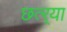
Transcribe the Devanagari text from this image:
छत्र्‍या